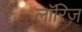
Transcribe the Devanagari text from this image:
लॉरिज